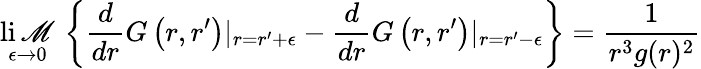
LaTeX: \operatorname*{li\mathscr{M}}_{\epsilon\to0}\, \left\{ \frac{{d}}{{dr}}G\left(r,r^{\prime}\right)\vert_{r=r^{\prime}+\epsilon}-\frac{{d}}{{dr}}G\left(r,r^{\prime}\right)\vert_{r=r^{\prime}-\epsilon}\right\} =\frac{{1}}{{r^{3}g(r)^{2}}}